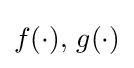
f(\cdot ),\,g(\cdot )